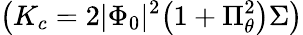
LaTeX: \left(K_{c}=2|\Phi_{0}|^{2}\big(1+\Pi_{\theta}^{2}\big)\Sigma\right)